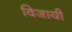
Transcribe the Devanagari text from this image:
विजायी